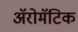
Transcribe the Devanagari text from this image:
अॅरोमॅटिक